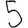
Digit: 5